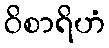
ဝိစာရိဟံ